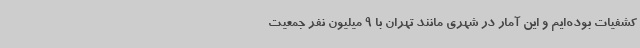
کشفیات بوده‌ایم و این آمار در شهری مانند تهران با 9 میلیون نفر جمعیت